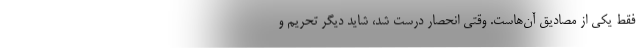
فقط یکی از مصادیق آن‌هاست. وقتی انحصار درست شد، شاید دیگر تحریم و